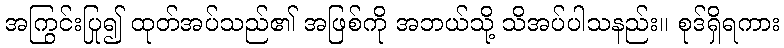
အကြွင်းပြု၍ ထုတ်အပ်သည်၏ အဖြစ်ကို အဘယ်သို့ သိအပ်ပါသနည်း။ စုဒ်ရှိရကား